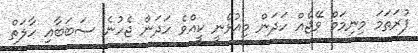
ފުރަތަމަ މިނިމަމް ވޭޖެއް ހަދަން މިއުޅެނީ ކީއްވެ ހަދަން ޖެހުނެ ސަބަބާއި ހާލަތް